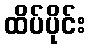
ထိပ်ပိုင်း